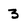
Character: 3